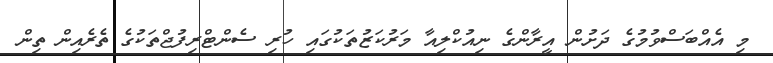
މި އެއްބަސްވުމުގެ ދަށުން އީރާންގެ ނިއުކްލިއާ މަރުކަޒުތަކުގައި ހުރި ސެންޓްރިފުޖްތަކުގެ ތެރެއިން ތިން